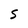
Character: S